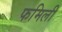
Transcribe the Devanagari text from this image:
फमिली